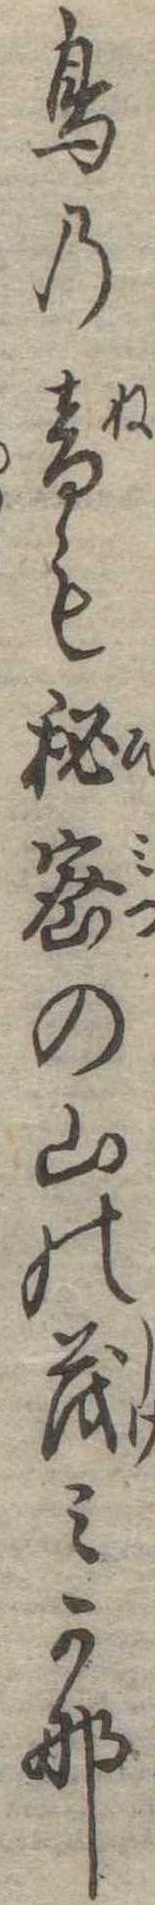
鳥の音も秘密の山の茂みかな